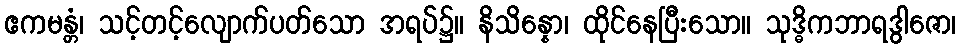
ဧကမန္တံ၊ သင့်တင့်လျောက်ပတ်သော အရပ်၌။ နိသိန္နော၊ ထိုင်နေပြီးသော။ သုဒ္ဓိကဘာရဒွါဇော၊